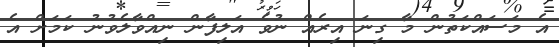
އެ މަސައްކަތުން މާ ގިނަ އިރެއް ނުވެ އަލިފާން ނިއްވާލެވުނު ކަމަށް އެ